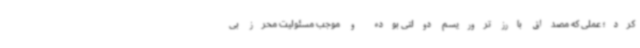
کرد؛ عملی که مصداق بارز تروریسم دولتی بوده و موجب مسئولیت محرز بی